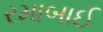
રમાબાઈ